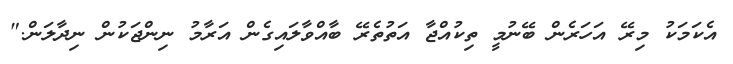
އެކަމަކު މިރޭ އަހަރެން ބޭނުމީ ތިކުއްޖާ އަތުތެރޭ ބާއްވާލައިގެން އަރާމު ނިންޖަކުން ނިދާލަން."